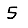
Digit: 5